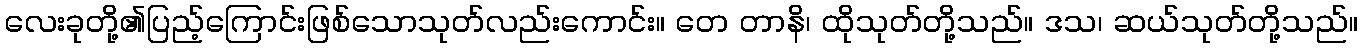
လေးခုတို့၏ပြည့်ကြောင်းဖြစ်သောသုတ်လည်းကောင်း။ တေ တာနိ၊ ထိုသုတ်တို့သည်။ ဒသ၊ ဆယ်သုတ်တို့သည်။